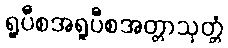
ရူပီစအရူပီစအတ္တာသုတ္တံ